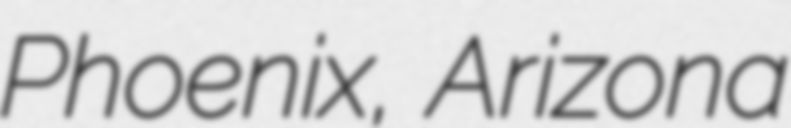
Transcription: Phoenix, Arizona